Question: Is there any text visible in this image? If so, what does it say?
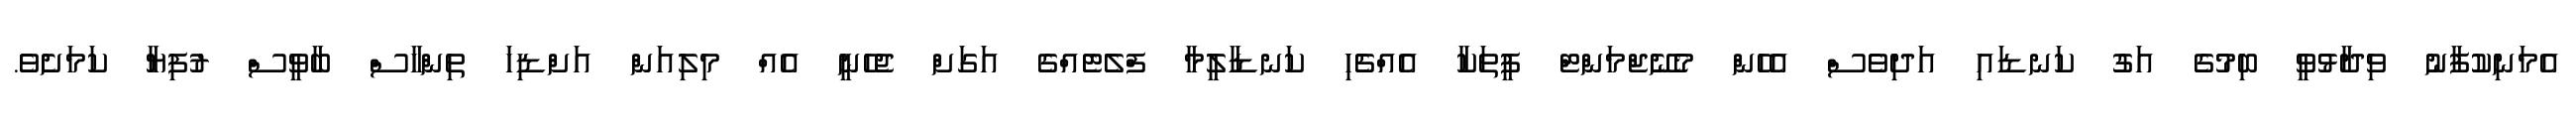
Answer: އެމަނިކުފާނު ވިދާޅުވީ ބިމުގެ އަގު ކަނޑައި އަދިވެސް އެހެން މެނޭޖްމަންޓް ފީތަކާ އެއްޗެހި ކަނޑާލީމާ ފްލެޓެއްގެ އަގަށް ޖެހެނީ އެއް މިލިއަން އަށްޑިހަ ތިންހާސް ބާވީސް ރުފިޔާ ކަމަށެވެ.